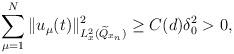
LaTeX: \begin{align*} \sum_{\mu=1}^N \|u_\mu(t)\|^{2}_{L^{2}_x(\widetilde Q_{x_n})} \geq C(d)\delta^{2}_0>0,\end{align*}